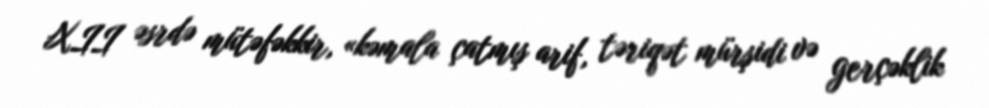
XII əsrdə mütəfəkkir, «kəmala çatmış arif, təriqət mürşidi və gerçəklik